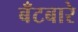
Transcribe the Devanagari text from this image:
बँटबारे